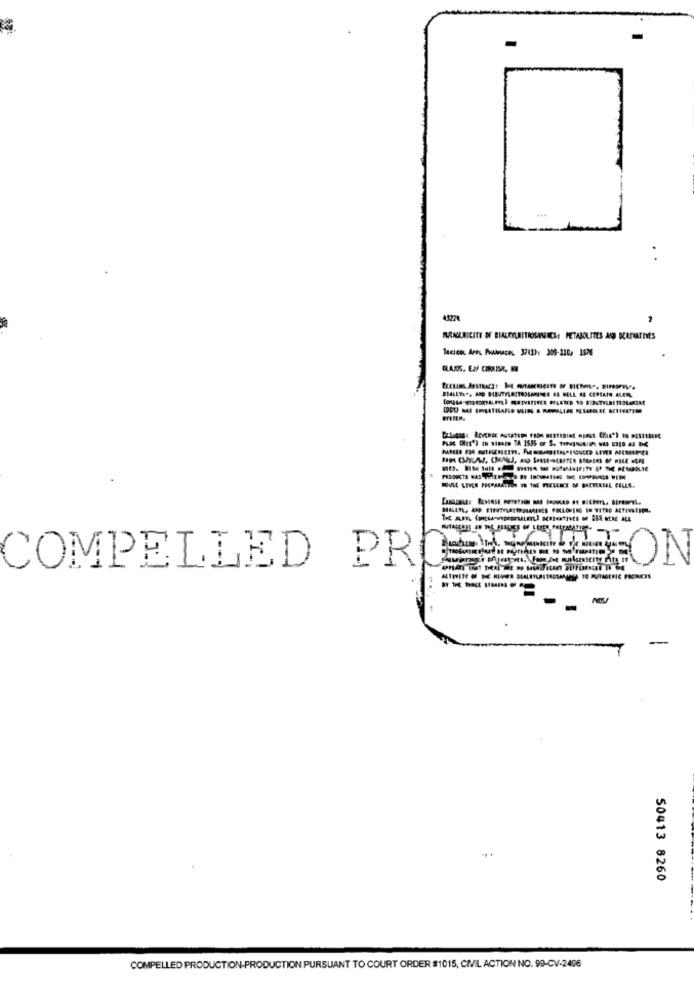
-
45228
ARNERICITY OF BIALEYLEITIOSANNICS: METABOLITES AD DERNATIES
ON
COMPELLED PR
-----
50413 8260
COMPELLED PRODUCTION-PRODUCTION PURSUANT TO COURT ORDER $1015, CIVIL ACTION NO. 99-CV-2496